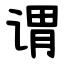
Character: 谓